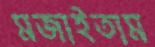
মজাইতাম